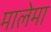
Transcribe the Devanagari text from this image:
मालेमा